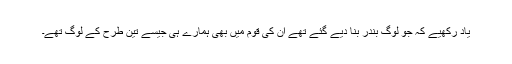
یاد رکھیے کہ جو لوگ بندر بنا دیے گئے تھے ان کی قوم میں بھی ہمارے ہی جیسے تین طرح کے لوگ تھے۔